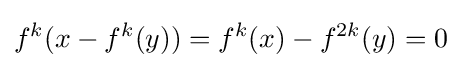
f^{k}(x-f^{k}(y))=f^{k}(x)-f^{2k}(y)=0